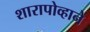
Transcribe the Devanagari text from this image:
शारापोव्हाने